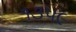
૧૩૫૯